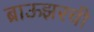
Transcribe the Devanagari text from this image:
ब्राऊझरची